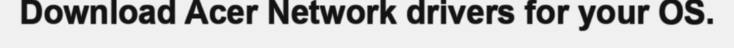
Download Acer Network drivers for your OS.